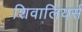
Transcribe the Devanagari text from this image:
शिवालियर्स